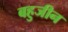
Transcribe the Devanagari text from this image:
बहुजीन